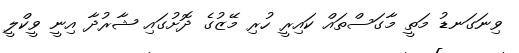
ވިނަގަނޑު މަތީ މާގަސްތައް ކައިރީ ހުރި މޭޒުގެ ދޮށުގައި ޝާރުދާ އިނީ ވީކްލީ